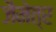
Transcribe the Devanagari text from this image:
जैमेत्र